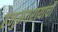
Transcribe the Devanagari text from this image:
हनुमंतरायाची